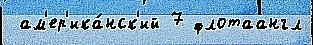
 ам'ер'ика́нск'ий 7 флотаангл